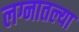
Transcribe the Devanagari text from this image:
लग्नातल्या